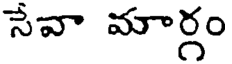
సేవా మార్గం